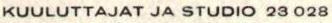
KUULUTTAJAT JA STUDIO 23 028